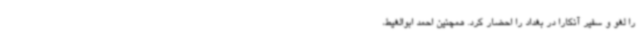
را لغو و سفیر آنکارا در بغداد را احضار کرد. همچنین احمد ابوالغیط،